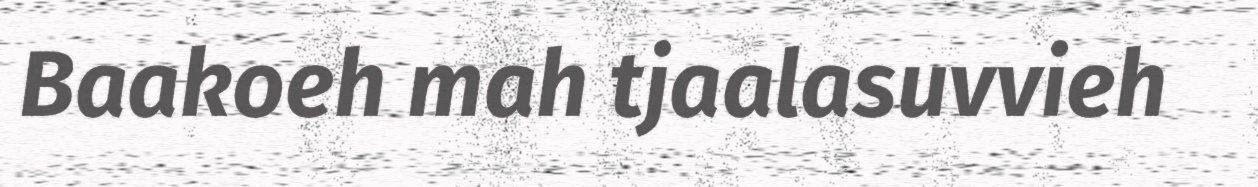
Baakoeh mah tjaalasuvvieh